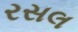
રસલ